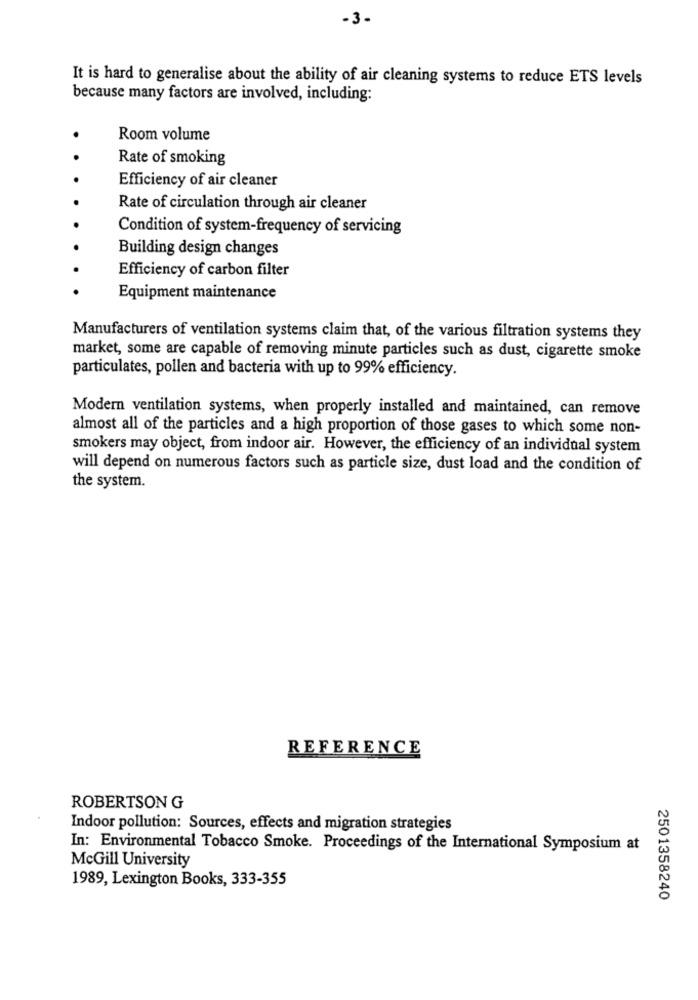
-3-
It is hard to generalise about the ability of air cleaning systems to reduce ETS levels
because many factors are involved, including:
Room volume
Rate of smoking
Efficiency of air cleaner
Rate of circulation through air cleaner
Condition of system-frequency of servicing
Building design changes
Efficiency of carbon filter
Equipment maintenance
Manufacturers of ventilation systems claim that, of the various filtration systems they
market, some are capable of removing minute particles such as dust, cigarette smoke
particulates, pollen and bacteria with up to 99% efficiency.
Modern ventilation systems, when properly installed and maintained, can remove
almost all of the particles and a high proportion of those gases to which some non-
smokers may object, from indoor air. However, the efficiency of an individual system
will depend on numerous factors such as particle size, dust load and the condition of
the system.
REFERENCE
ROBERTSON G
Indoor pollution: Sources, effects and migration strategies
In: Environmental Tobacco Smoke. Proceedings of the International Symposium at
McGill University
1989, Lexington Books, 333-355
2501358240